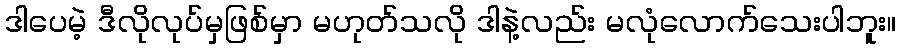
ဒါပေမဲ့ ဒီလိုလုပ်မှဖြစ်မှာ မဟုတ်သလို ဒါနဲ့လည်း မလုံလောက်သေးပါဘူး။